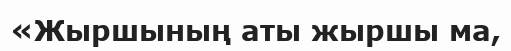
«Жыршының аты жыршы ма,